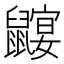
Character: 𲎠